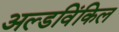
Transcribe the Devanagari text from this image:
अल्डविंकिल